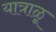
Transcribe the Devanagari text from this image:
यात्राळू